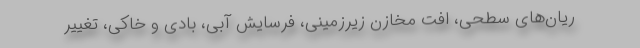
ریان‌های سطحی، افت مخازن زیرزمینی، فرسایش آبی، بادی و خاکی، تغییر